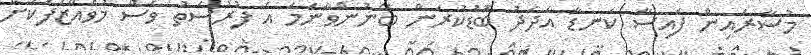
މުސާރައިން ފައިސާ ކަނޑާ އަދަދު ބޮޑުކުރަން ބޭނުންވާނަމަ އެ ފުރުސަތު ވެސް މުވައްޒަފަކަށް